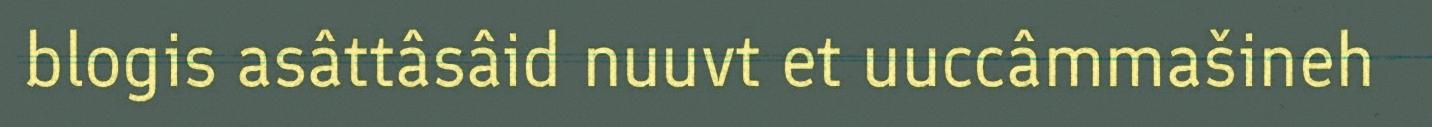
blogis asâttâsâid nuuvt et uuccâmmašineh